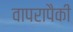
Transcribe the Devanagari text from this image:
वापरापैकी